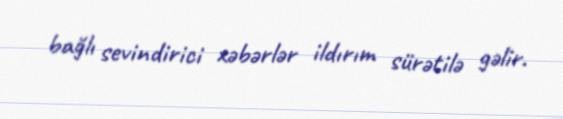
bağlı sevindirici xəbərlər ildırım sürətilə gəlir.